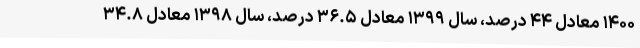
۱۴۰۰ معادل ۴۴ درصد، سال ۱۳۹۹ معادل ۳۶.۵ درصد، سال ۱۳۹۸ معادل ۳۴.۸